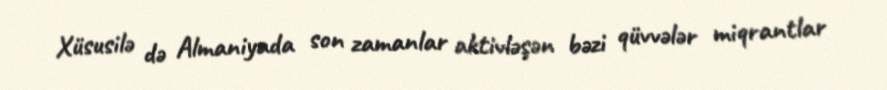
Xüsusilə də Almaniyada son zamanlar aktivləşən bəzi qüvvələr miqrantlar